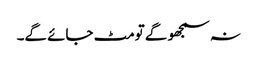
نہ سمجھو گے تو مٹ جائے گے۔